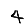
Digit: 4